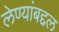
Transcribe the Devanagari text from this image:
लेण्यांबद्दल